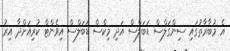
އެ މުބާރާތުގައި ސިންގަލްސް ޑަބަލްސް އަދި މިކްސް ޑަބަލްސް އިވެންޓް ކުރިއަށްދާ އިރު